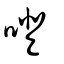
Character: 噔